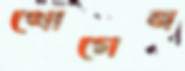
খোগেন